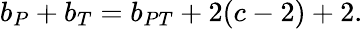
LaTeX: b_{P}+b_{T}=b_{PT}+2(c-2)+2.